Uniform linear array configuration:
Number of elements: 32
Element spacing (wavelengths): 1
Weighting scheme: hann
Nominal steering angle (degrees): -45
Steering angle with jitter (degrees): -45.023
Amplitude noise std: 0.05
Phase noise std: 0.05

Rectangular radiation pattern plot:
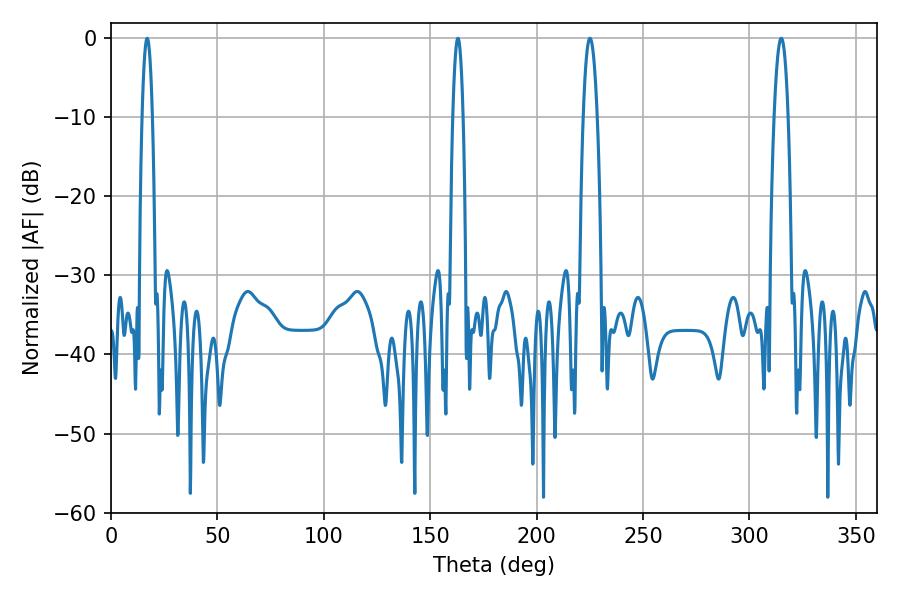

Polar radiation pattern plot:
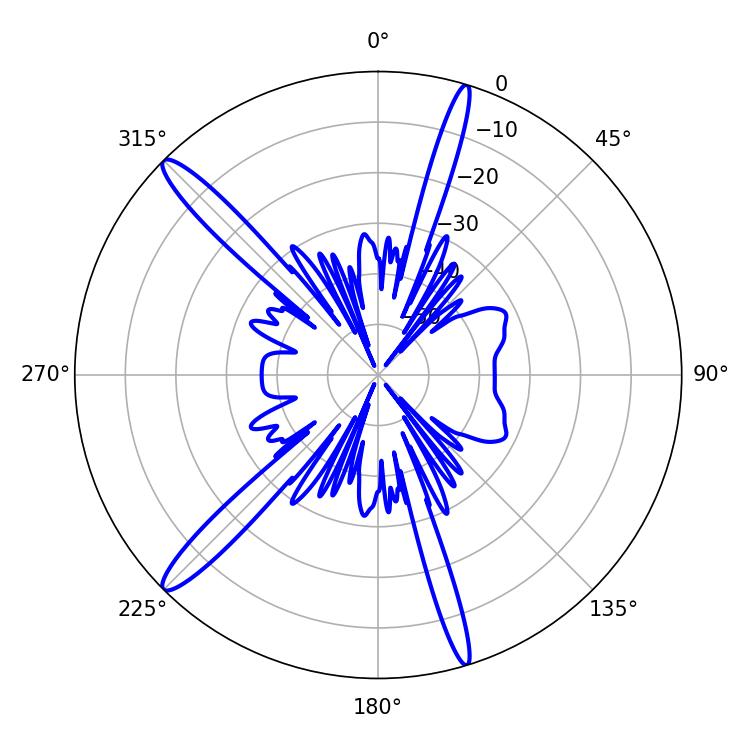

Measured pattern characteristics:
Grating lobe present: TRUE
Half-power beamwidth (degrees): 3.78
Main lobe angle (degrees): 225